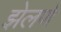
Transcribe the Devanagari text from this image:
झेलणे